Lunatic asylums Burma 1907-21 - 1907-1921
Year: 1907
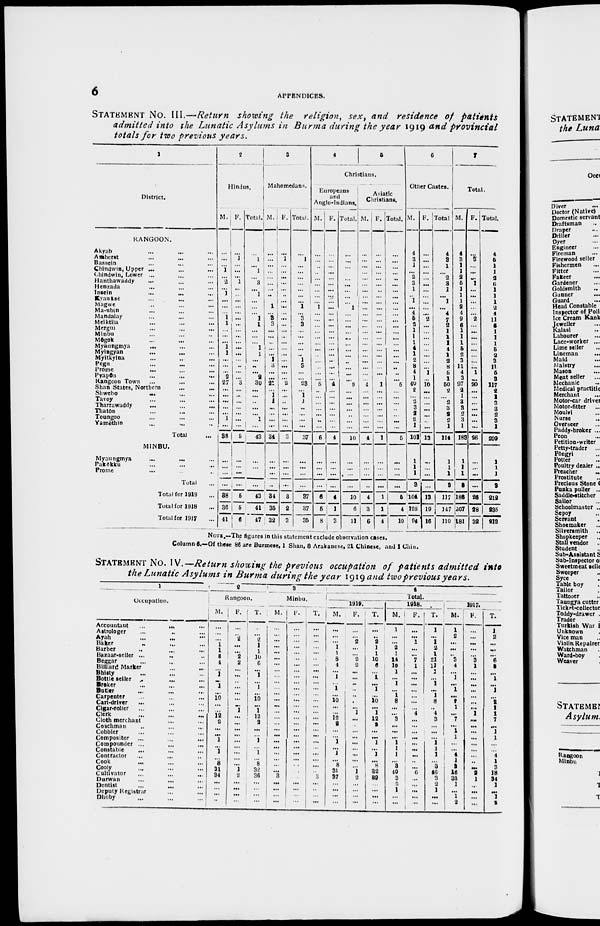
6
APPENDICES.
STATEMENT No. III.—Return showing the religion, sex, and residence of patients
admitted into the Lunatic Asylums in Burma during the year 1919 and provincial
totals for two previous years.
1
District.
RANGOON.
Akyab ... ... ...
Amherst ... ... ...
Bassein ... ... ...
Chindwin, Upper ...
Chindwin, Lower ...
Hanthawaddy ... ... ...
Henzada ... ... ...
Insein ... ... ...
Kyanksè ... ... ...
Magwe ... ... ...
Ma-ubin ... ... ...
Mandalay ... ... ...
Meiktila ... ... ...
Mergui ... ... ...
Minbu ... ... ...
Môgok ... ... ...
Myaungmya ... ... ...
Myingyan ... ... ...
Myitkyina ... ... ...
Pegu ... ... ...
Prome ... ... ...
Pyapôn ... ... ...
Rangoon Town ... ... ...
Shan States, Northern ...
Shwebo
...
...
...
Tavoy ... ... ...
Tharrawaddy ... ... ...
Thatôn ... ... ...
Toungoo ... ... ...
Yamèthin ... ... ...
Total ...
MINBU.
Myaungmya
...
...
Pakôkku ... ... ...
Prome ... ... ...
Total ...
Total for 1919 ...
Total for 1918 ...
Total for 1917 ...
2
Hindus.
M.
...
...
...
1
...
2
...
1
...
...
...
1
1
...
...
...
1
1
...
...
...
2
27
...
...
...
...
...
1
...
38
... ...
...
...
38
36
41
F.
...
1
...
...
...
1
...
...
...
...
...
...
...
...
...
...
...
...
...
...
...
...
3
...
...
...
...
...
...
...
5
...
...
...
...
5
5
6
Total.
...
1
...
1
...
3
...
1
...
...
...
1
1
...
...
...
1
1
...
...
...
2
30
...
...
...
...
...
1
...
43
...
...
...
...
43
41
47
3
Mahomedans.
M.
...
...
...
...
...
...
...
... ...
1
1
3
3
...
...
...
...
...
1
3
...
...
21
...
1
1
...
...
...
...
34
...
...
...
...
34
35
32
F.
...
1
...
...
...
...
...
...
...
...
...
...
...
...
...
...
...
...
...
...
...
2
...
...
...
...
...
...
...
3
...
...
...
...
3
2
3
Total.
...
1
...
...
...
...
...
...
...
1
....
3
3
...
...
...
...
...
1
3
...
...
23
...
1
1
...
...
...
...
37
...
...
...
...
37
37
35
4
5
Christians.
Europeans
and
Anglo-Indians.
M.
...
...
...
...
...
...
...
...
...
1
...
...
...
...
...
...
...
...
...
...
...
...
5
..
...
...
... ...
...
...
6
...
...
...
...
6
5
8
F.
...
...
...
...
...
...
...
...
...
...
...
...
...
...
...
...
...
...
...
...
...
...
4
...
...
...
...
...
...
...
4
...
...
...
...
4
1
3
Total.
...
...
...
...
...
...
...
...
...
1
...
...
...
...
...
...
...
...
...
...
...
...
9
...
...
...
...
...
...
...
10
...
...
...
...
10
6
11
Asiatic
Christians.
M.
...
...
...
...
...
...
...
...
...
...
...
...
...
...
...
...
...
...
...
...
...
...
4
...
...
...
...
...
...
...
4
...
...
...
...
4
3
6
F.
...
...
...
...
...
...
...
...
...
...
...
...
...
...
...
...
...
...
...
... ...
...
1
...
...
...
...
...
...
...
1
...
...
...
...
1
1
4
Total.
...
...
...
...
...
...
...
...
...
...
...
...
...
...
...
...
...
...
...
...
...
...
5
...
...
...
...
...
...
...
5
...
...
...
...
5
4
10
6
Other Castes.
M.
4
3
1
...
2
3
1
...
1
...
4
5
2 1 1
1
4
1
2
8
4
1
40
2
...
2
3
2
2
1
101
1
1
1
3
104
128
94
F.
...
...
...
...
...
...
...
...
...
...
...
2
...
...
...
...
...
...
...
...
1
...
10
...
...
...
...
...
...
...
13
...
...
...
...
13
19
16
Total
4
3 1
...
2
3
1
...
1
...
4
7
2
1
1
1
4
1
2
8
5
1
50
2
...
2
3
2
2
1
114
1
1
1
3
117
147
110
7
Total.
M.
4
3
1
1
2
5
1
1
1
2
4
9
6
1
1
1
6
2
3
11
4
3
97
2
1
3
3
2
3
1
183
1
1
1
3
186
207
181
F.
...
3
...
...
...
1
...
...
...
...
...
2
...
...
...
...
...
...
...
...
1
...
20
...
...
...
...
...
...
...
26
...
...
...
...
26
28
32
Total.
4
6
1
1
2
6
1
1
1
2
4
11
6
1
1
1
6
2
3
11
6
8
117
2
1
3
3
2
3
1
209
1
1
1
3
212
235
213
NOTE.—The figures in this statement exclude observation cases.
Column 6.—Of these 86 are Burmese, 1 Shan, 8 Arakanese, 21 Chinese, and 1 Chin.
STATEMENT No. IV.—Return showing the previous occupation of patients admitted into
the Lunatic Asylums in Burma during the year 1919 and two previous years.
1
Occupation.
Accountant ... ... ...
Astrologer ... ... ...
Ayah ... ... ...
Baker ... ... ...
Barber ... ... ...
Bazaar-seller ... ... ...
Beggar ... ... ...
Billiard Marker ... ... ...
Bhisty ... ... ...
Bottle seller ... ... ...
Broker ... ... ...
Butler ... ... ...
Carpenter ... ... ...
Cart-driver ... ... ...
Cigar-roller ... ... ...
Clerk ... ... ...
Cloth merchant ... ... ...
Coachman ... ... ...
Cobbler ... ... ...
Compositor ... ... ...
Compounder ... ... ...
Constable ... ... ...
Contractor ... ... ...
Cook ... ... ...
Cooly ... ... ...
Cultivator ... ... ...
Durwan ... ... ...
Dentist ... ... ...
Deputy Registrar ... ... ...
Dhoby ... ... ...
2
Rangoon.
M.
...
...
...
1
1
8
4
...
1
...
1
...
10
...
...
12
2
...
...
1
...
1
...
8
31
34
...
...
...
...
F.
...
...
2
...
...
2
2
...
...
...
...
...
...
...
1
...
...
...
...
...
...
...
...
...
1
2
...
...
...
...
T.
...
...
2
1
1
10
6
...
1
...
1
...
10
...
1
12
2
...
...
1
...
1
...
8
32
36
...
...
...
...
3
Minbu.
M.
...
...
...
...
...
...
...
...
...
...
...
...
...
...
...
...
...
...
...
...
...
...
...
...
...
3
...
...
...
...
F
...
...
...
...
...
...
...
...
...
...
...
...
...
...
...
...
...
...
...
...
...
...
...
...
...
...
...
...
...
...
T.
...
...
...
...
...
...
...
...
...
...
...
...
...
...
...
...
...
...
...
...
...
...
...
...
...
3
...
...
...
...
4
Total.
1919.
M.
...
...
...
1
1
8
4
...
1
...
1
...
10
...
...
12
2
...
...
1
...
1
...
8
31
37
...
...
...
...
F.
...
...
2
...
...
2
2
...
...
...
...
...
...
...
1
...
...
...
...
...
...
...
...
...
1
2
...
...
...
...
T.
...
...
2
1
1
10
6
...
1
...
1
...
10
...
1
12
1
...
...
1
...
1
...
8
32
39
...
...
...
...
1918.
M.
1
...
...
2 1
14
10
1
...
1
...
1
8
...
...
3
...
...
...
1
1
1
...
3
40
3
2
1
...
...
F.
...
...
1
...
...
7
1
...
...
...
...
...
...
...
4
...
...
...
...
...
...
...
...
...
6
...
...
...
...
...
T.
1
...
1
2
1
21
11
1
...
1
...
1
8
...
4
3
...
...
...
1
1
1
...
3
46
3
2
1
...
...
1917.
M.
1
2
...
...
...
3
4
...
1
...
1
...
2
1
...
7
...
1
1
...
...
4
1
3
16
33
1
...
1
2
F.
...
...
...
...
...
3
1
...
...
...
...
...
...
...
1
...
...
...
...
...
...
...
...
...
9
1
...
...
...
...
T.
1
2
...
...
...
6
5
...
1
...
1
...
2
1
1
7
...
1
1
...
...
4
1
3
18
84
1
...
1
2